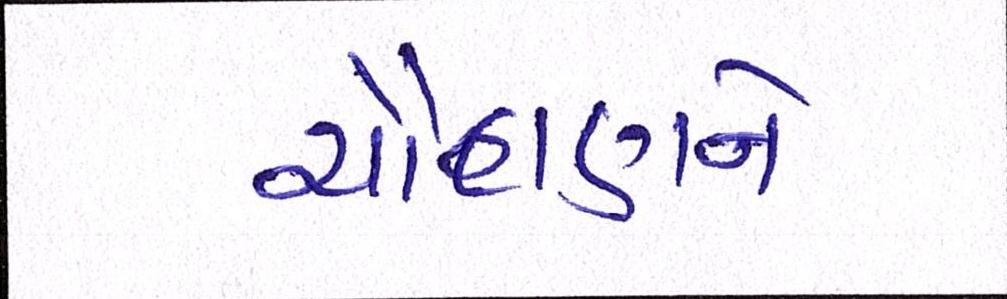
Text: ચૌહાણને